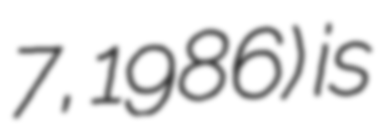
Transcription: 7, 1986) is